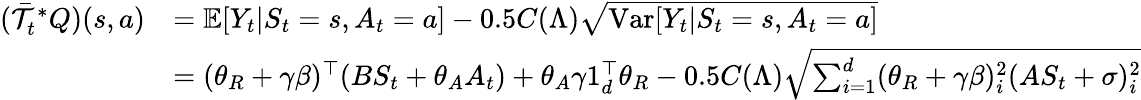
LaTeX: \begin{array}{rl}{(\bar{\mathcal{T}}_{t}^{*}Q)(s,a)}&{=\mathbb{E}[Y_{t}|S_{t}=s,A_{t}=a]-0.5C(\Lambda)\sqrt{\mathrm{Var}[Y_{t}|S_{t}=s,A_{t}=a]}}\\ &{=(\theta_{R}+\gamma\beta)^{\top}(BS_{t}+\theta_{A}A_{t})+\theta_{A}\gamma 1_{d}^{\top}\theta_{R}-0.5C(\Lambda)\sqrt{\sum_{i=1}^{d}(\theta_{R}+\gamma\beta)_{i}^{2}(AS_{t}+\sigma)_{i}^{2}}}\end{array}